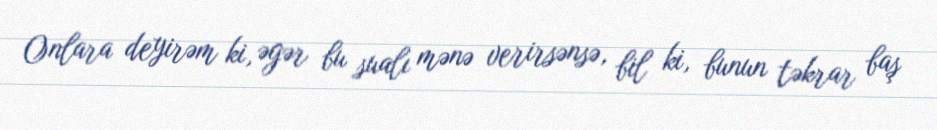
Onlara deyirəm ki, əgər bu sualı mənə verirsənsə, bil ki, bunun təkrar baş